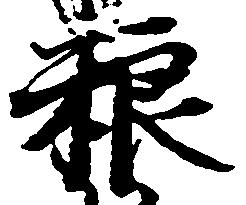
粮